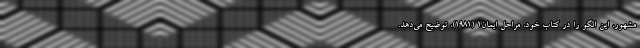
مشهور، این الگو را در کتاب خود، مراحل ایمان۱ (۱۹۸۱)، توضیح می‌دهد.